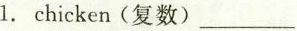
1.chicken(复数)___